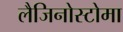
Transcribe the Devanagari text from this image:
लैजिनोस्टोमा